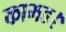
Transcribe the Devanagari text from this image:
कामड।